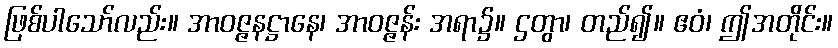
ဖြစ်ပါသော်လည်း။ အာဝဇ္ဇနဋ္ဌာနေ၊ အာဝဇ္ဇန်း အရာ၌။ ဌတွာ၊ တည်၍။ ဧဝံ၊ ဤအတိုင်း။